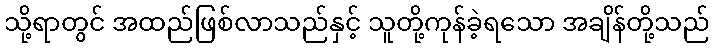
သို့ရာတွင် အထည်ဖြစ်လာသည်နှင့် သူတို့ကုန်ခဲ့ရသော အချိန်တို့သည်